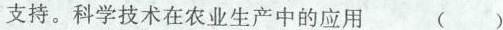
支持。科学技术在农业生产中的应用 ()